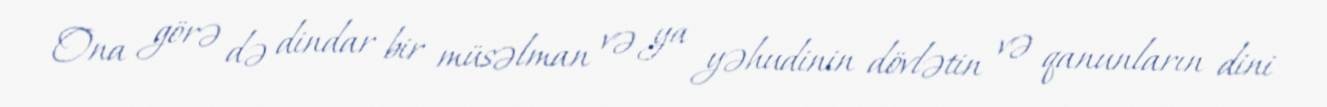
Ona görə də dindar bir müsəlman və ya yəhudinin dövlətin və qanunların dini